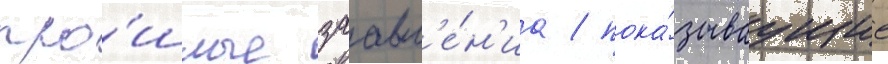
про́шлые заавл'е́н'иа / пока́зываущие